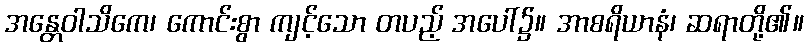
အန္တေဝါသိကေ၊ ကောင်းစွာ ကျင့်သော တပည့် အပေါ်၌။ အာစရိယာနံ၊ ဆရာတို့၏။